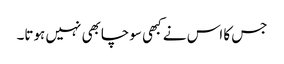
جس کا اس نے کبھی سوچابھی نہیں ہوتا۔